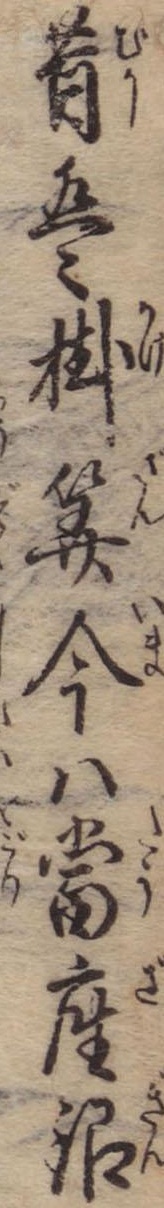
昔は掛算今は当座銀